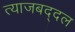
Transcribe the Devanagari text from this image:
त्याजबद्दल